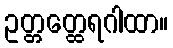
ဥတ္တတ္ထေရဂါထာ။